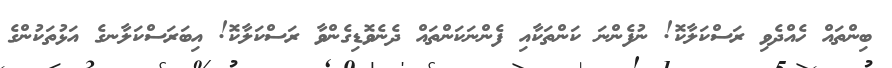
ބިންތައް ހެއްދެވި ރަސްކަލާކޮ! ނުފެންނަ ކަންތަކާއި ފެންނަކަންތައް ދެނެވޮޑިގެންވާ ރަސްކަލާކޮ! އިބަރަސްކަލާނގެ އަޅުތަކުންގެ